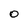
Character: O